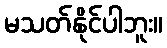
မသတ်နိုင်ပါဘူး။